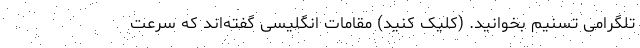
تلگرامی تسنیم بخوانید. (کلیک کنید) مقامات انگلیسی گفته‌اند که سرعت